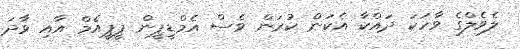
ލެވެލްގެ ވާހަކަ ދައްކާ އެކަން ކުރަން ވެސް އެމްޑީޕީން ޕީޕީއެމް އާއި ވާދަ